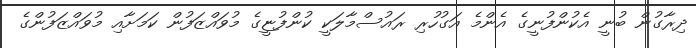
ދިރާގުން ބުނީ އެކުންފުނީގެ އެންމެ އަގުހުރި ރައުސްމާލަކީ ކުންފުޏީގެ މުވައްޒަފުން ކަމަށާއި މުވައްޒަފުންގެ